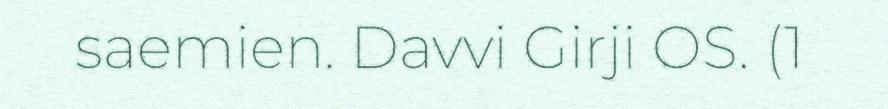
saemien. Davvi Girji OS. (1